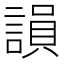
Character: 𧪼